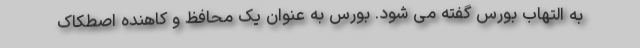
به التهاب بورس گفته می شود. بورس به عنوان یک محافظ و کاهنده اصطکاک